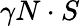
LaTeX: \gamma N\cdot S